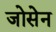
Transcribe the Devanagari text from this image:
जोसेन